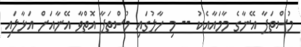
މުސްތަފާ އޭނާގެ މާމައާއެކު -- މި ހާލުގައި މުސްތަފާ އޮތްވާ އޭނާއަށް އަޅާލައި